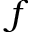
f